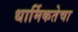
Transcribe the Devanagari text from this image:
धार्मिकतेचा